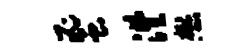
蜜澧懋